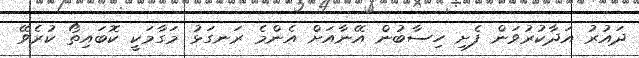
ދައުރު އަދާކުރުވަން ފެށި ހިސާބުން އޭނާއަށް އެންމެ ރަނގަޅު މަގާމަކީ ކޮބައިތޯ ކުރެވޭ